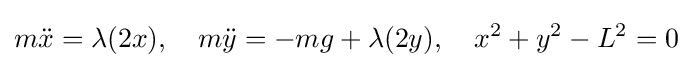
m{\ddot {x}}=\lambda (2x),\quad m{\ddot {y}}=-mg+\lambda (2y),\quad x^{2}+y^{2}-L^{2}=0